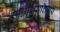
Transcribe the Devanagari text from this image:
साक्षीदाराशिवाय